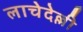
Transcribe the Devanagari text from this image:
लाचेदेल्ली